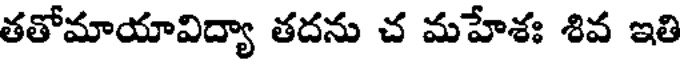
తతోమాయావిద్యా తదను చ మహేశః శివ ఇతి